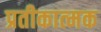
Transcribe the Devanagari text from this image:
प्रतीकात्‍मक